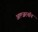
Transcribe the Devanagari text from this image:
अल्जरनॉन